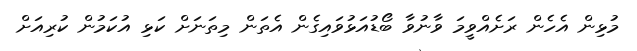
މުޅިން އެހެން ރަށެއްވީމަ ވާނުވާ ބޯޑުއަޅުވައިގެން އެތަން މިތަނަށް ކަޅި އުކަމުން ކުރިއަށް